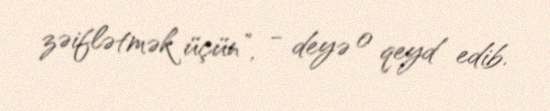
zəiflətmək üçün”, - deyə o qeyd edib.